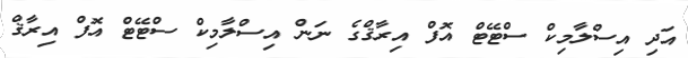
އަދި އިސްލާމިކް ސްޓޭޓް އޮފް އިރާޤްގެ ނަން އިސްލާމިކް ސްޓޭޓް އޮފް އިރާޤް